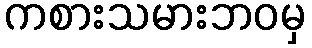
ကစားသမားဘဝမှ